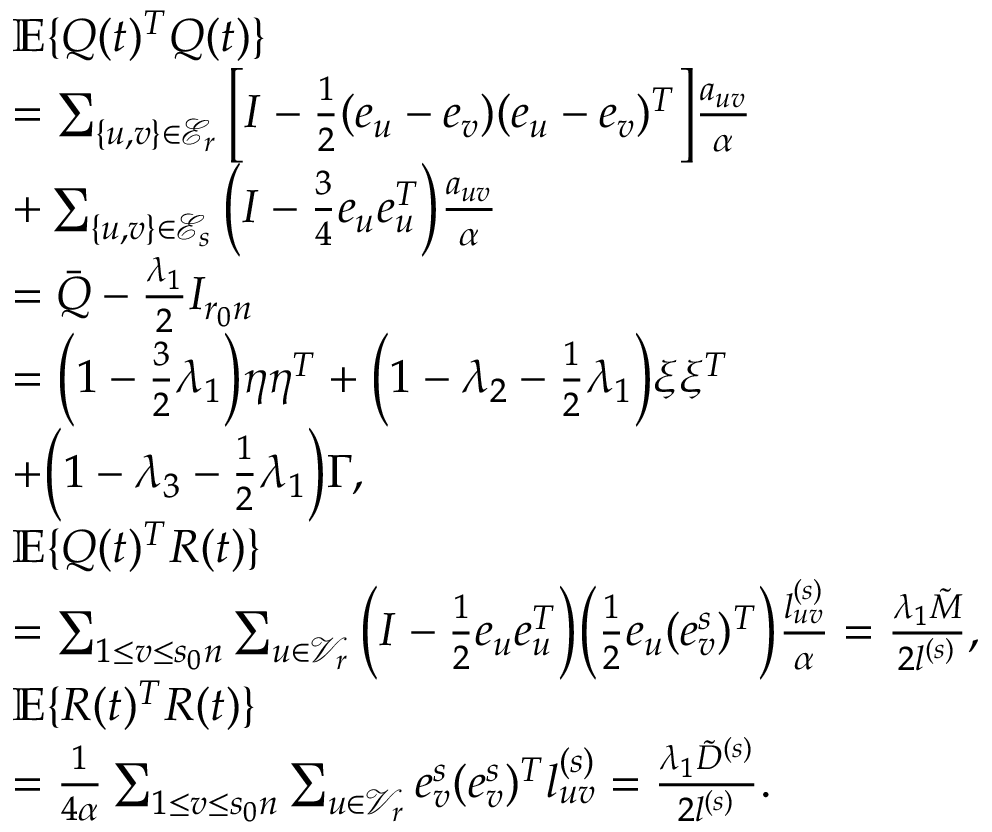
\begin{array} { r l } & { \mathbb { E } \{ Q ( t ) ^ { T } Q ( t ) \} } \\ & { = \sum _ { \{ u , v \} \in \mathcal { E } _ { r } } \Big [ I - \frac 1 2 ( e _ { u } - e _ { v } ) ( e _ { u } - e _ { v } ) ^ { T } \Big ] \frac { a _ { u v } } { \alpha } } \\ & { + \sum _ { \{ u , v \} \in \mathcal { E } _ { s } } \Big ( I - \frac 3 4 e _ { u } e _ { u } ^ { T } \Big ) \frac { a _ { u v } } { \alpha } } \\ & { = \bar { Q } - \frac { \lambda _ { 1 } } { 2 } I _ { r _ { 0 } n } } \\ & { = \Big ( 1 - \frac 3 2 \lambda _ { 1 } \Big ) \eta \eta ^ { T } + \Big ( 1 - \lambda _ { 2 } - \frac 1 2 \lambda _ { 1 } \Big ) \xi \xi ^ { T } } \\ & { + \Big ( 1 - \lambda _ { 3 } - \frac 1 2 \lambda _ { 1 } \Big ) \Gamma , } \\ & { \mathbb { E } \{ Q ( t ) ^ { T } R ( t ) \} } \\ & { = \sum _ { 1 \le v \le s _ { 0 } n } \sum _ { u \in \mathcal { V } _ { r } } \Big ( I - \frac 1 2 e _ { u } e _ { u } ^ { T } \Big ) \Big ( \frac 1 2 e _ { u } ( e _ { v } ^ { s } ) ^ { T } \Big ) \frac { l _ { u v } ^ { ( s ) } } { \alpha } = \frac { \lambda _ { 1 } \tilde { M } } { 2 l ^ { ( s ) } } , } \\ & { \mathbb { E } \{ R ( t ) ^ { T } R ( t ) \} } \\ & { = \frac { 1 } { 4 \alpha } \sum _ { 1 \le v \le s _ { 0 } n } \sum _ { u \in \mathcal { V } _ { r } } e _ { v } ^ { s } ( e _ { v } ^ { s } ) ^ { T } l _ { u v } ^ { ( s ) } = \frac { \lambda _ { 1 } \tilde { D } ^ { ( s ) } } { 2 l ^ { ( s ) } } . } \end{array}